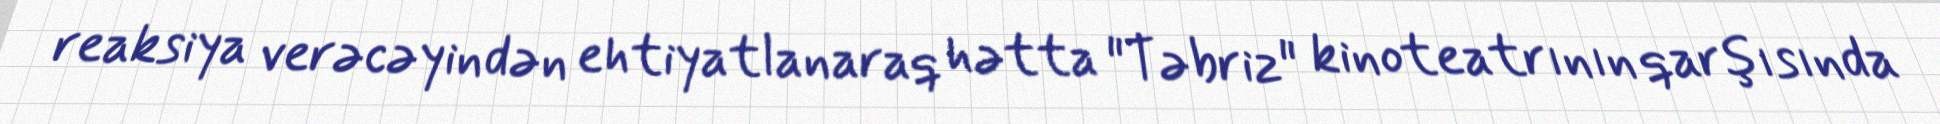
reaksiya verəcəyindən ehtiyatlanaraq hətta "Təbriz" kinoteatrının qarşısında